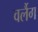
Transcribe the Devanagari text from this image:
वर्लैग